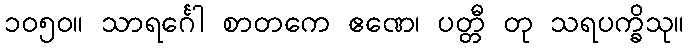
၁၀၅၀။ သာရင်္ဂေါ စာတကေ ဧဏေ၊ ပတ္တီ တု သရပက္ခိသု။